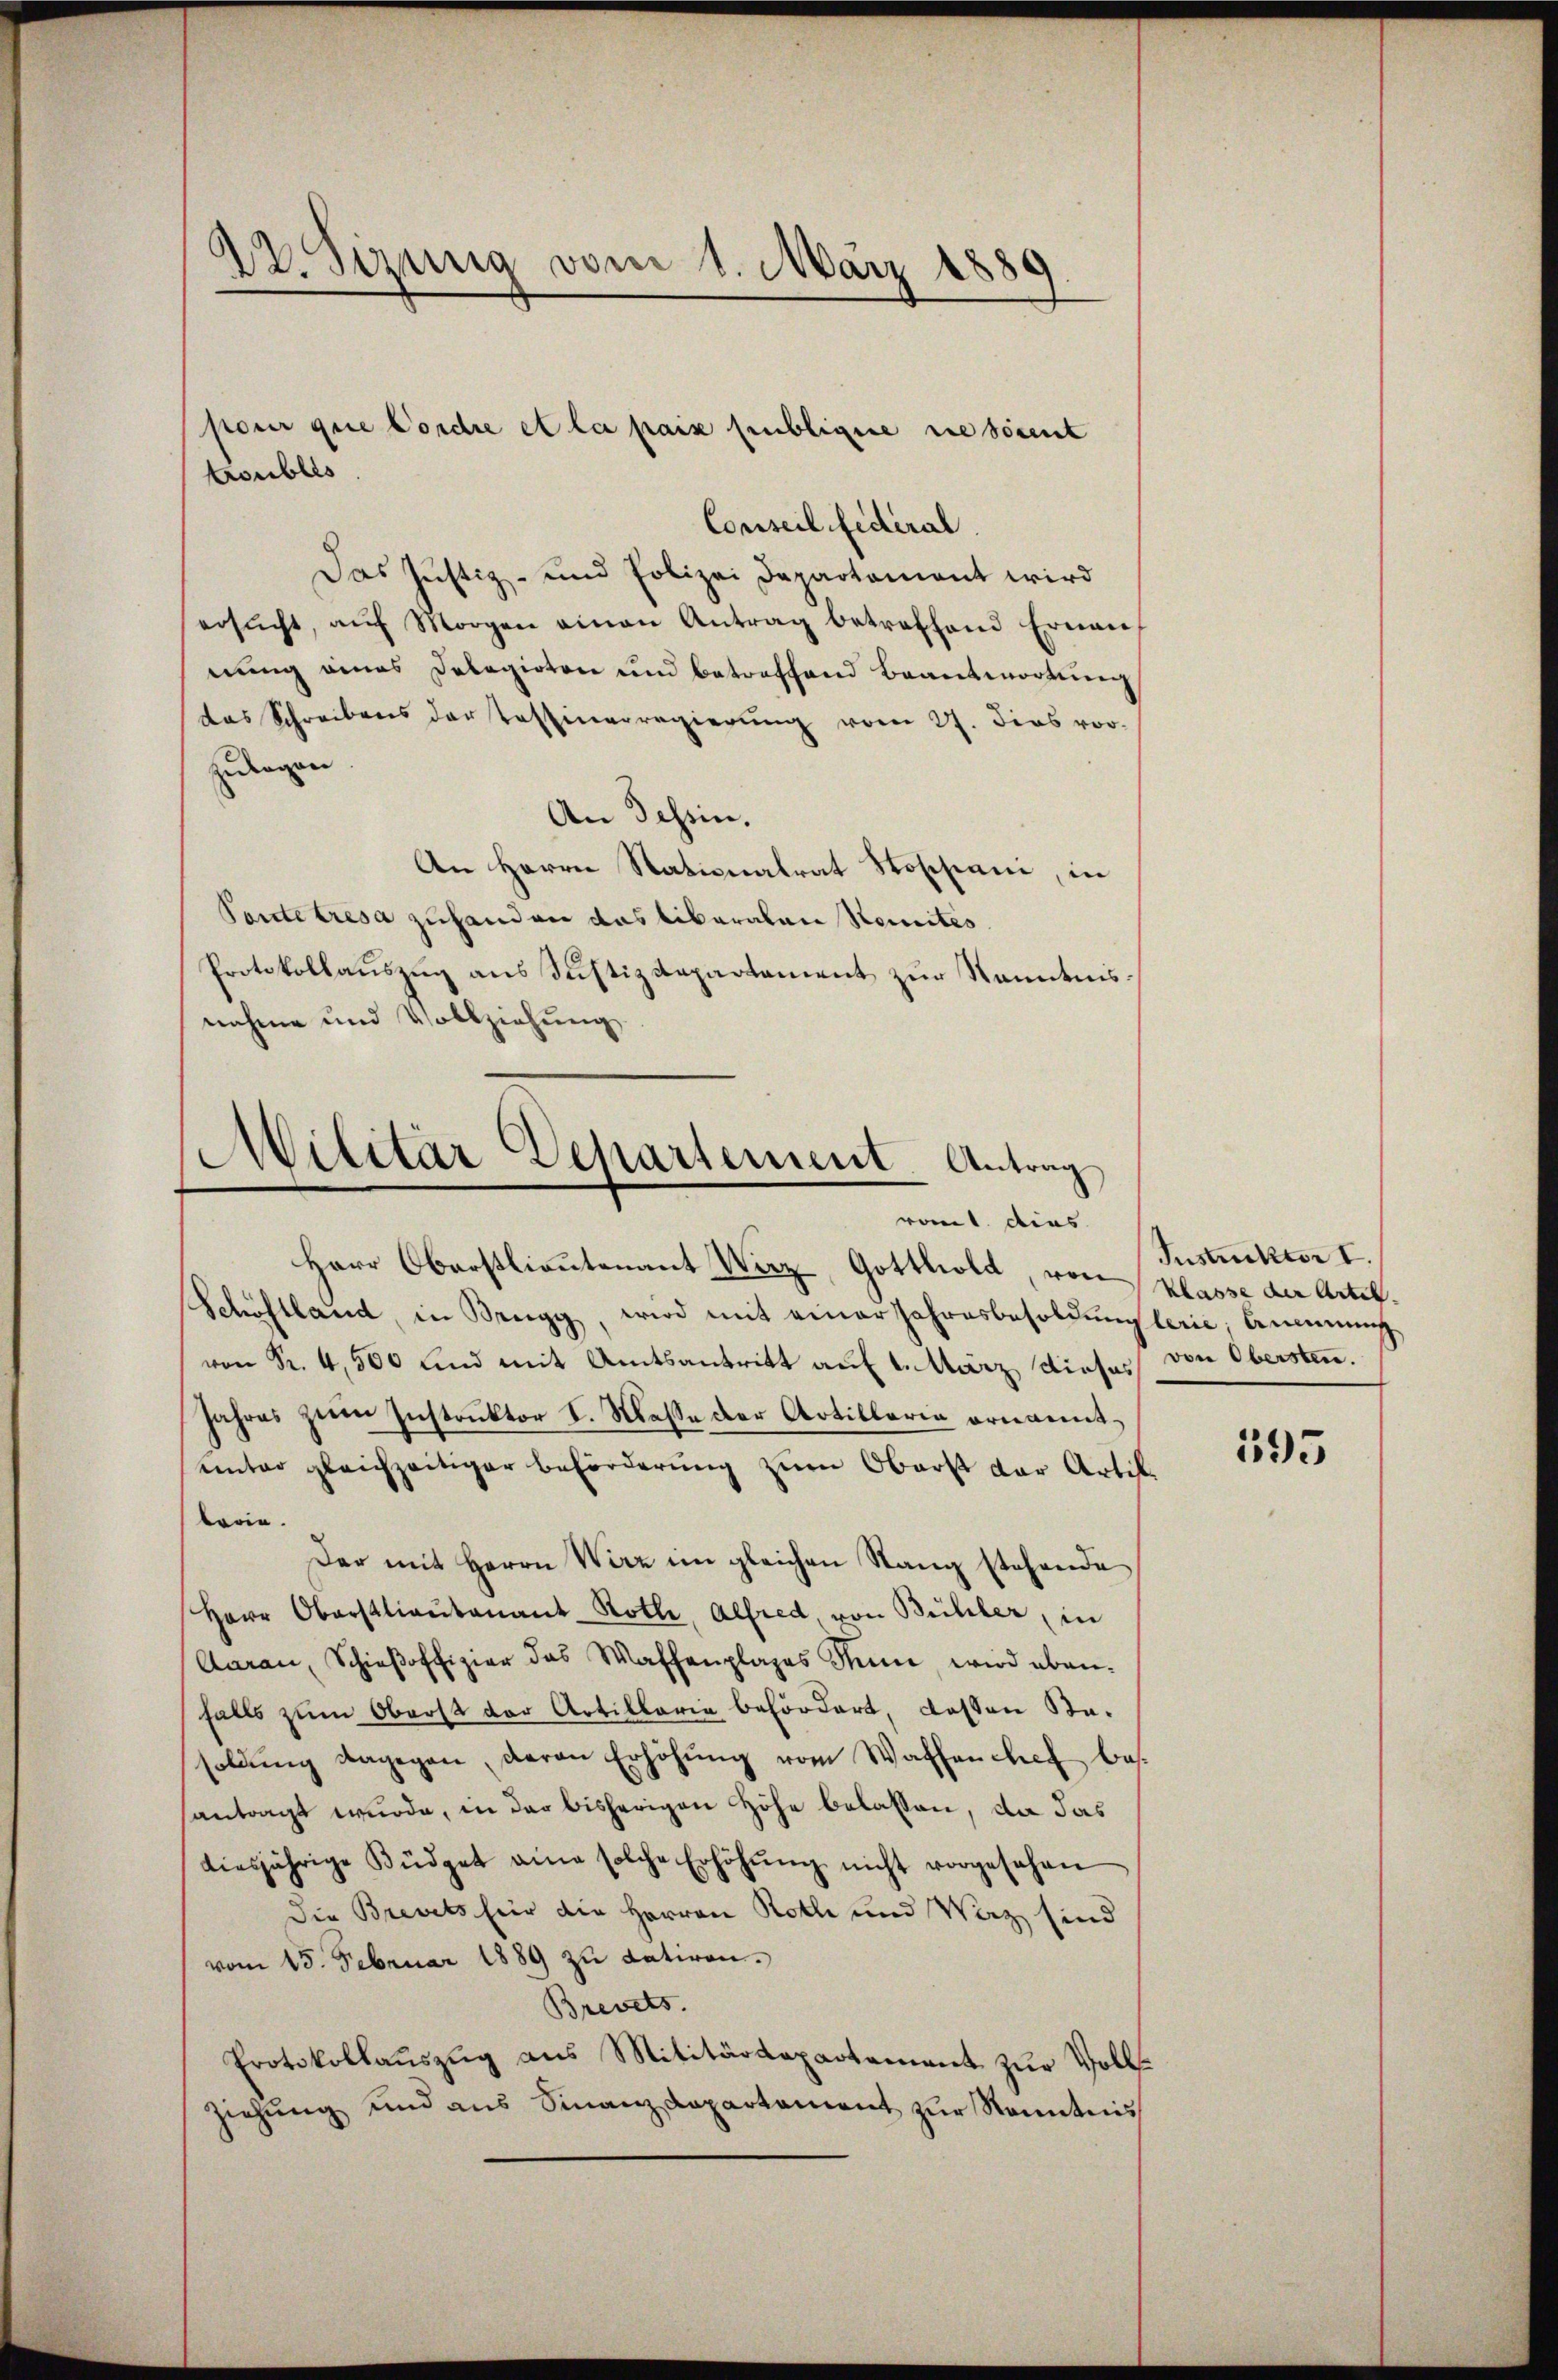
22. Sizung vom 1. März 1889.

Conseil fédéral.
Das Justiz- und Polizei Departamant wird
ersŭcht, aŭf Morgen einen Antrag betreffend Erneues
nŭng eines Delegirten und betreffend Beantwortung
das Schreibens der Tassierregierŭng vom 27. dies vor.
Eidrigen
An Tessin.
An Herrn Stationalrat Rossiani, in
Ponte tresa zuhanden das liberalen Stemnités
Protokollauszug aus Justizdepartement zur Kenntnisnahme und Vollziehung

pour que Cordre et la pais publigere sie seit
troubles

Militär Departement Antrag
ront dies
Herr Oberstlieutenant Wirz, Gottlold, von Klasse der Artil¬

Schöftland, in Brugg, wird mit einer Jahresbesoldŭng lerie Brennung
von Sr. 4,500 Kind mit Amtsantritt auf 1. März dieses von Obersten.
Jahres zum Instruktor V. Masse der Artillaria ornannt,
unter gleichzeitiger Beförderung zum Oberst der Artik
borie.
Der mit Herrn Wirz im gleichen Stang stehende
Herr Oberstlieutenant Rothe, Alfred, von Bühler, in
Aarau, Schieβoffizier das Waffenplages Senn, wird eben-
falls zum Oberst der Artillaria befördert, dassen Sta-
soldŭng dagegen, daran Erhöhŭng vom Waffen chef bessantragt wurde, in der bisherigen Höhe belassen, da das
diesjährige Büdget eine solche Erhöhŭng nicht vorgesehen
Die Brevets hier die Herren Roth und Wirz sind
vom 15. Februar 1889 zu datiren.
Brevets.
Protokollauszug aus Militärdepartement zur Vollziehung und aus Finanzdepartement zur Kenntens

Instruckter I.

193